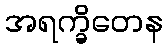
အရက္ခိတေန